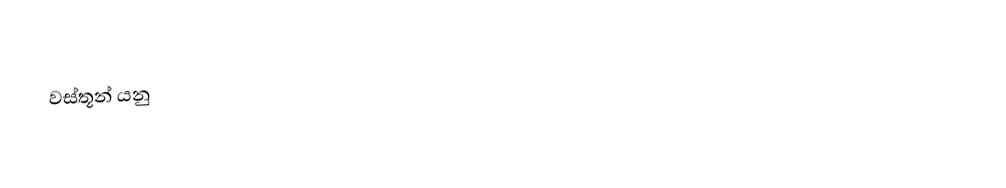
වස්තූන් යනු